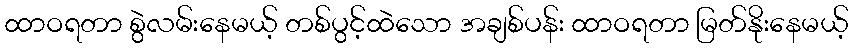
ထာဝရတာ စွဲလမ်းနေမယ့် တစ်ပွင့်ထဲသော အချစ်ပန်း ထာဝရတာ မြတ်နိုးနေမယ့်